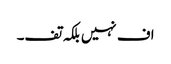
اف نہیں بلکہ تف۔